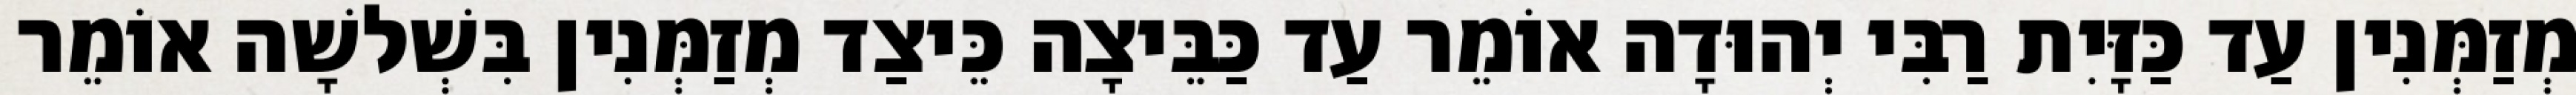
מְזַמְּנִין עַד כַּזָּיִת רַבִּי יְהוּדָה אוֹמֵר עַד כַּבֵּיצָה כֵּיצַד מְזַמְּנִין בִּשְׁלשָׁה אוֹמֵר